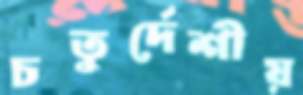
চতুর্দেশীয়